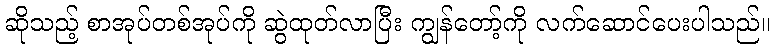
ဆိုသည့် စာအုပ်တစ်အုပ်ကို ဆွဲထုတ်လာပြီး ကျွန်တော့်ကို လက်ဆောင်ပေးပါသည်။